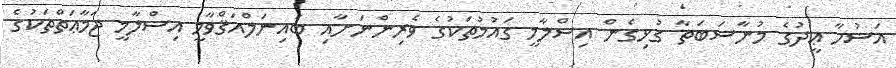
އަޟުހާ ޢީދުގެ މުނާސަބަތާ ގުޅިގެން އިސްލާމީ ގައުމުތަކުގެ ވެރިންނަށާއި ބައިނަލްއަޤްވާމީ އިސްލާމީ ޖަމާޢަތްތަކުގެ